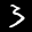
Label: 3